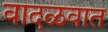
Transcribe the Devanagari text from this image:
वादळवात